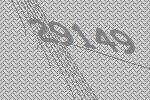
29149